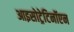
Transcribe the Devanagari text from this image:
आइसोट्रेटिनॉएन